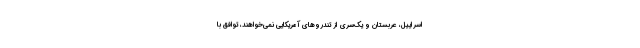
اسراییل، عربستان و یک‌سری از تندروهای آمریکایی نمی‌خواهند، توافق با